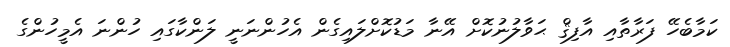
ކަމާބެހޭ ފަރާތާއި އާފިޤް ޙަވާލުނުކޮށް އޭނާ މަޑުކޮށްލައިގެން އެހުންނަނީ ލަންކާގައި ހުންނަ އެމީހުންގެ